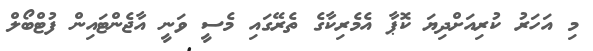
މި އަހަރު ކުރިއަށްދިޔަ ކޮޕާ އެމެރިކާގެ ތެރޭގައި މެސީ ވަނީ އާޖެންޓައިން ފުޓްބޯލް